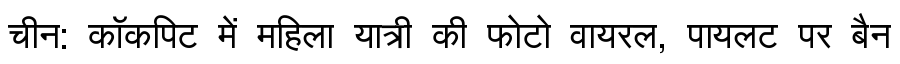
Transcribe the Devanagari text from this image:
चीन: कॉकपिट में महिला यात्री की फोटो वायरल, पायलट पर बैन